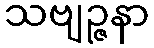
သဗျဉ္ဇနာ